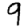
Digit: 9